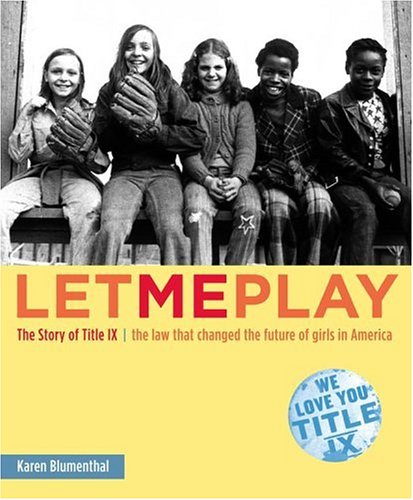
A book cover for Let Me Play: The Story of Title IX: The Law That Changed the Future of Girls in America; Karen Blumenthal; Children's Books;